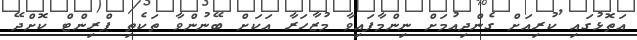
އަތޮޅުގައި ކުރިއަށް ގެންދިއުމަށް ނިންމާފައިވާ މުޒާހަރާ އަކަށް ބޭނުންވާ ތަކެތި ޕްރިންޓް ކޮށްދޭ